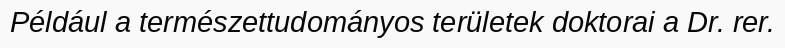
Például a természettudományos területek doktorai a Dr. rer.